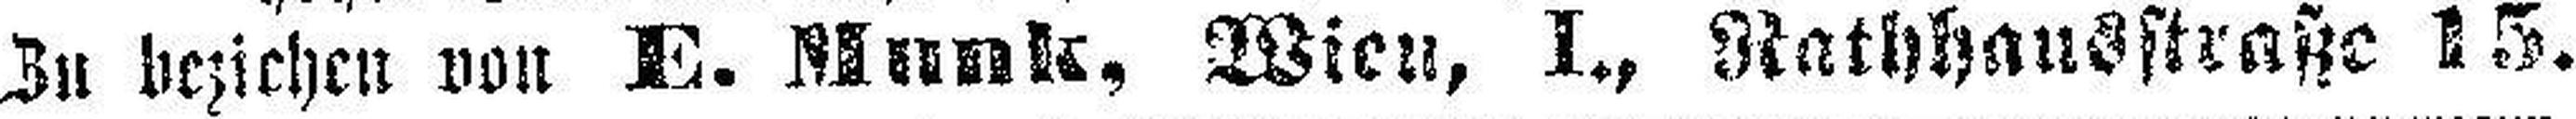
Zu bezichen von E. Munk, Wien, I., Rathhausstraße 15.